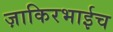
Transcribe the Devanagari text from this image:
ज़ाकिरभाईच